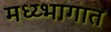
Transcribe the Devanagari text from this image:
मध्य्भागात